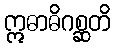
ဣဓာဓိဂစ္ဆတိ